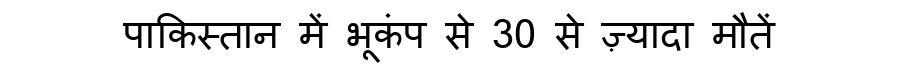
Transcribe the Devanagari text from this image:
पाकिस्तान में भूकंप से 30 से ज़्यादा मौतें